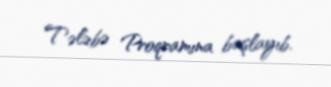
Tələbə Proqramına başlayıb.